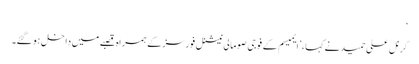
‘
کرنل علی حمید نے کہا، ’ایمیسم کے فوجی صومالی نیشنل فورسز کے ہمراہ قصبے میں داخل ہو گئے۔